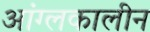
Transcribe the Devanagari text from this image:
आंग्लकालीन